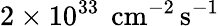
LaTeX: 2\times 10^{33}~\, \mathrm{cm}^{-2}\, \mathrm{s}^{-1}